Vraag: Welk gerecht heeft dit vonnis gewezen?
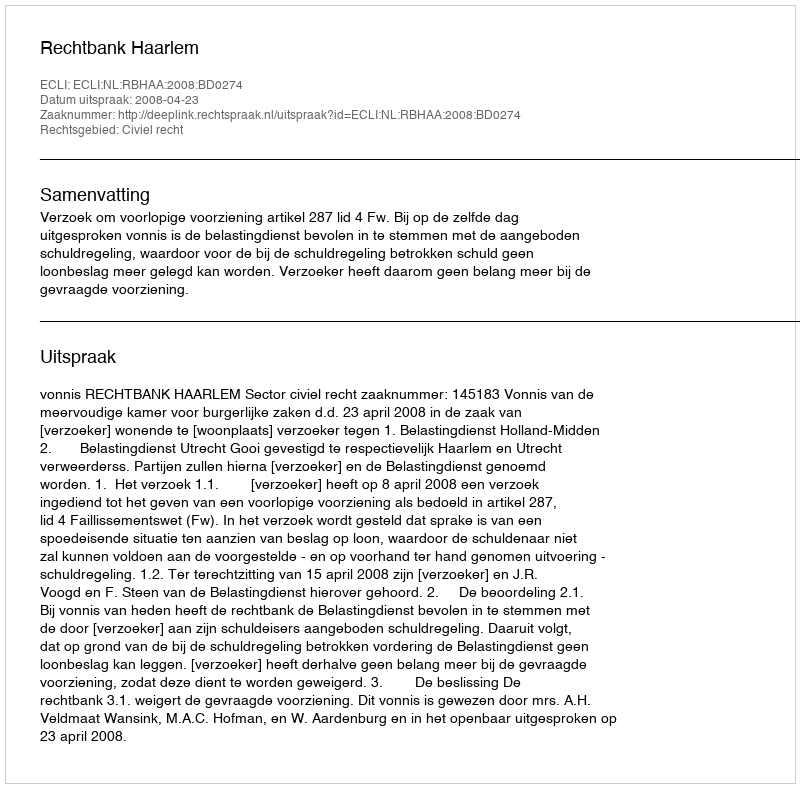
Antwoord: Rechtbank Haarlem